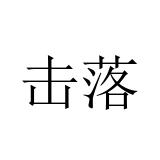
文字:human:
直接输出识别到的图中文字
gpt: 击落